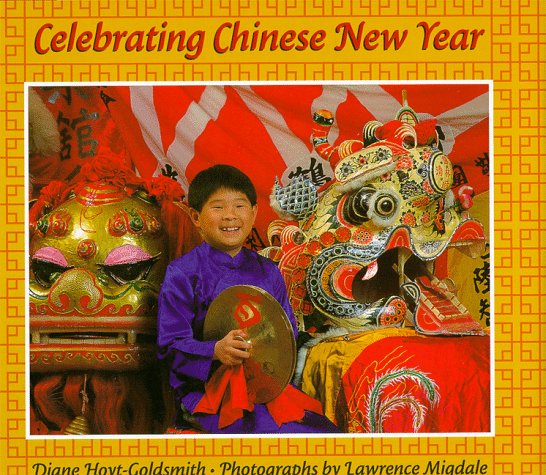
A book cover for Celebrating Chinese New Year; Diane Hoyt-Goldsmith; Children's Books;